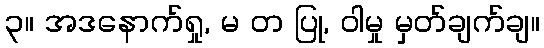
၃။ အဒနောက်ရှု, မ တ ပြု, ဝါမှု မှတ်ချက်ချ။